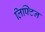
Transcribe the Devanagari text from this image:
लिफ्टिन